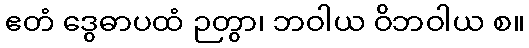
ဧတံ ဒွေဓာပထံ ဉတွာ၊ ဘဝါယ ဝိဘဝါယ စ။